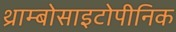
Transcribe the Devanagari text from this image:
थ्राम्बोसाइटोपीनिक